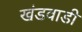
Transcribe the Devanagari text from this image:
खंडवाडी